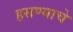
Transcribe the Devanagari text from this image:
हसण्याचे